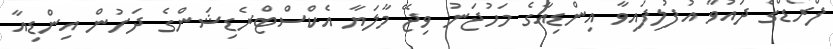
ފްރޯޑްގެ ދައުވާ އުފުލިފައިވާ އިންޑިއާގެ މަހުޖަނު ވިޖޭ މާލަޔާ އެކްސްޓްރެޑިޝަންގެ ދަށުން އިންޑިއާ